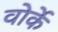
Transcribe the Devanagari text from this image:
वोर्के